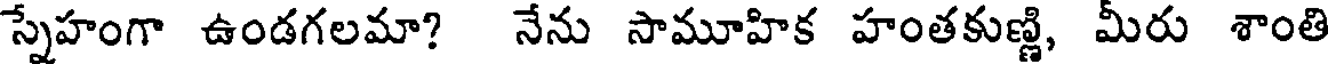
స్నేహంగా ఉండగలమా? నేను సామూహిక హంతకుణ్ణి, మీరు శాంతి